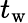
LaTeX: t_{\mathrm{w}}